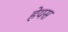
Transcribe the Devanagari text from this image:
हेयस